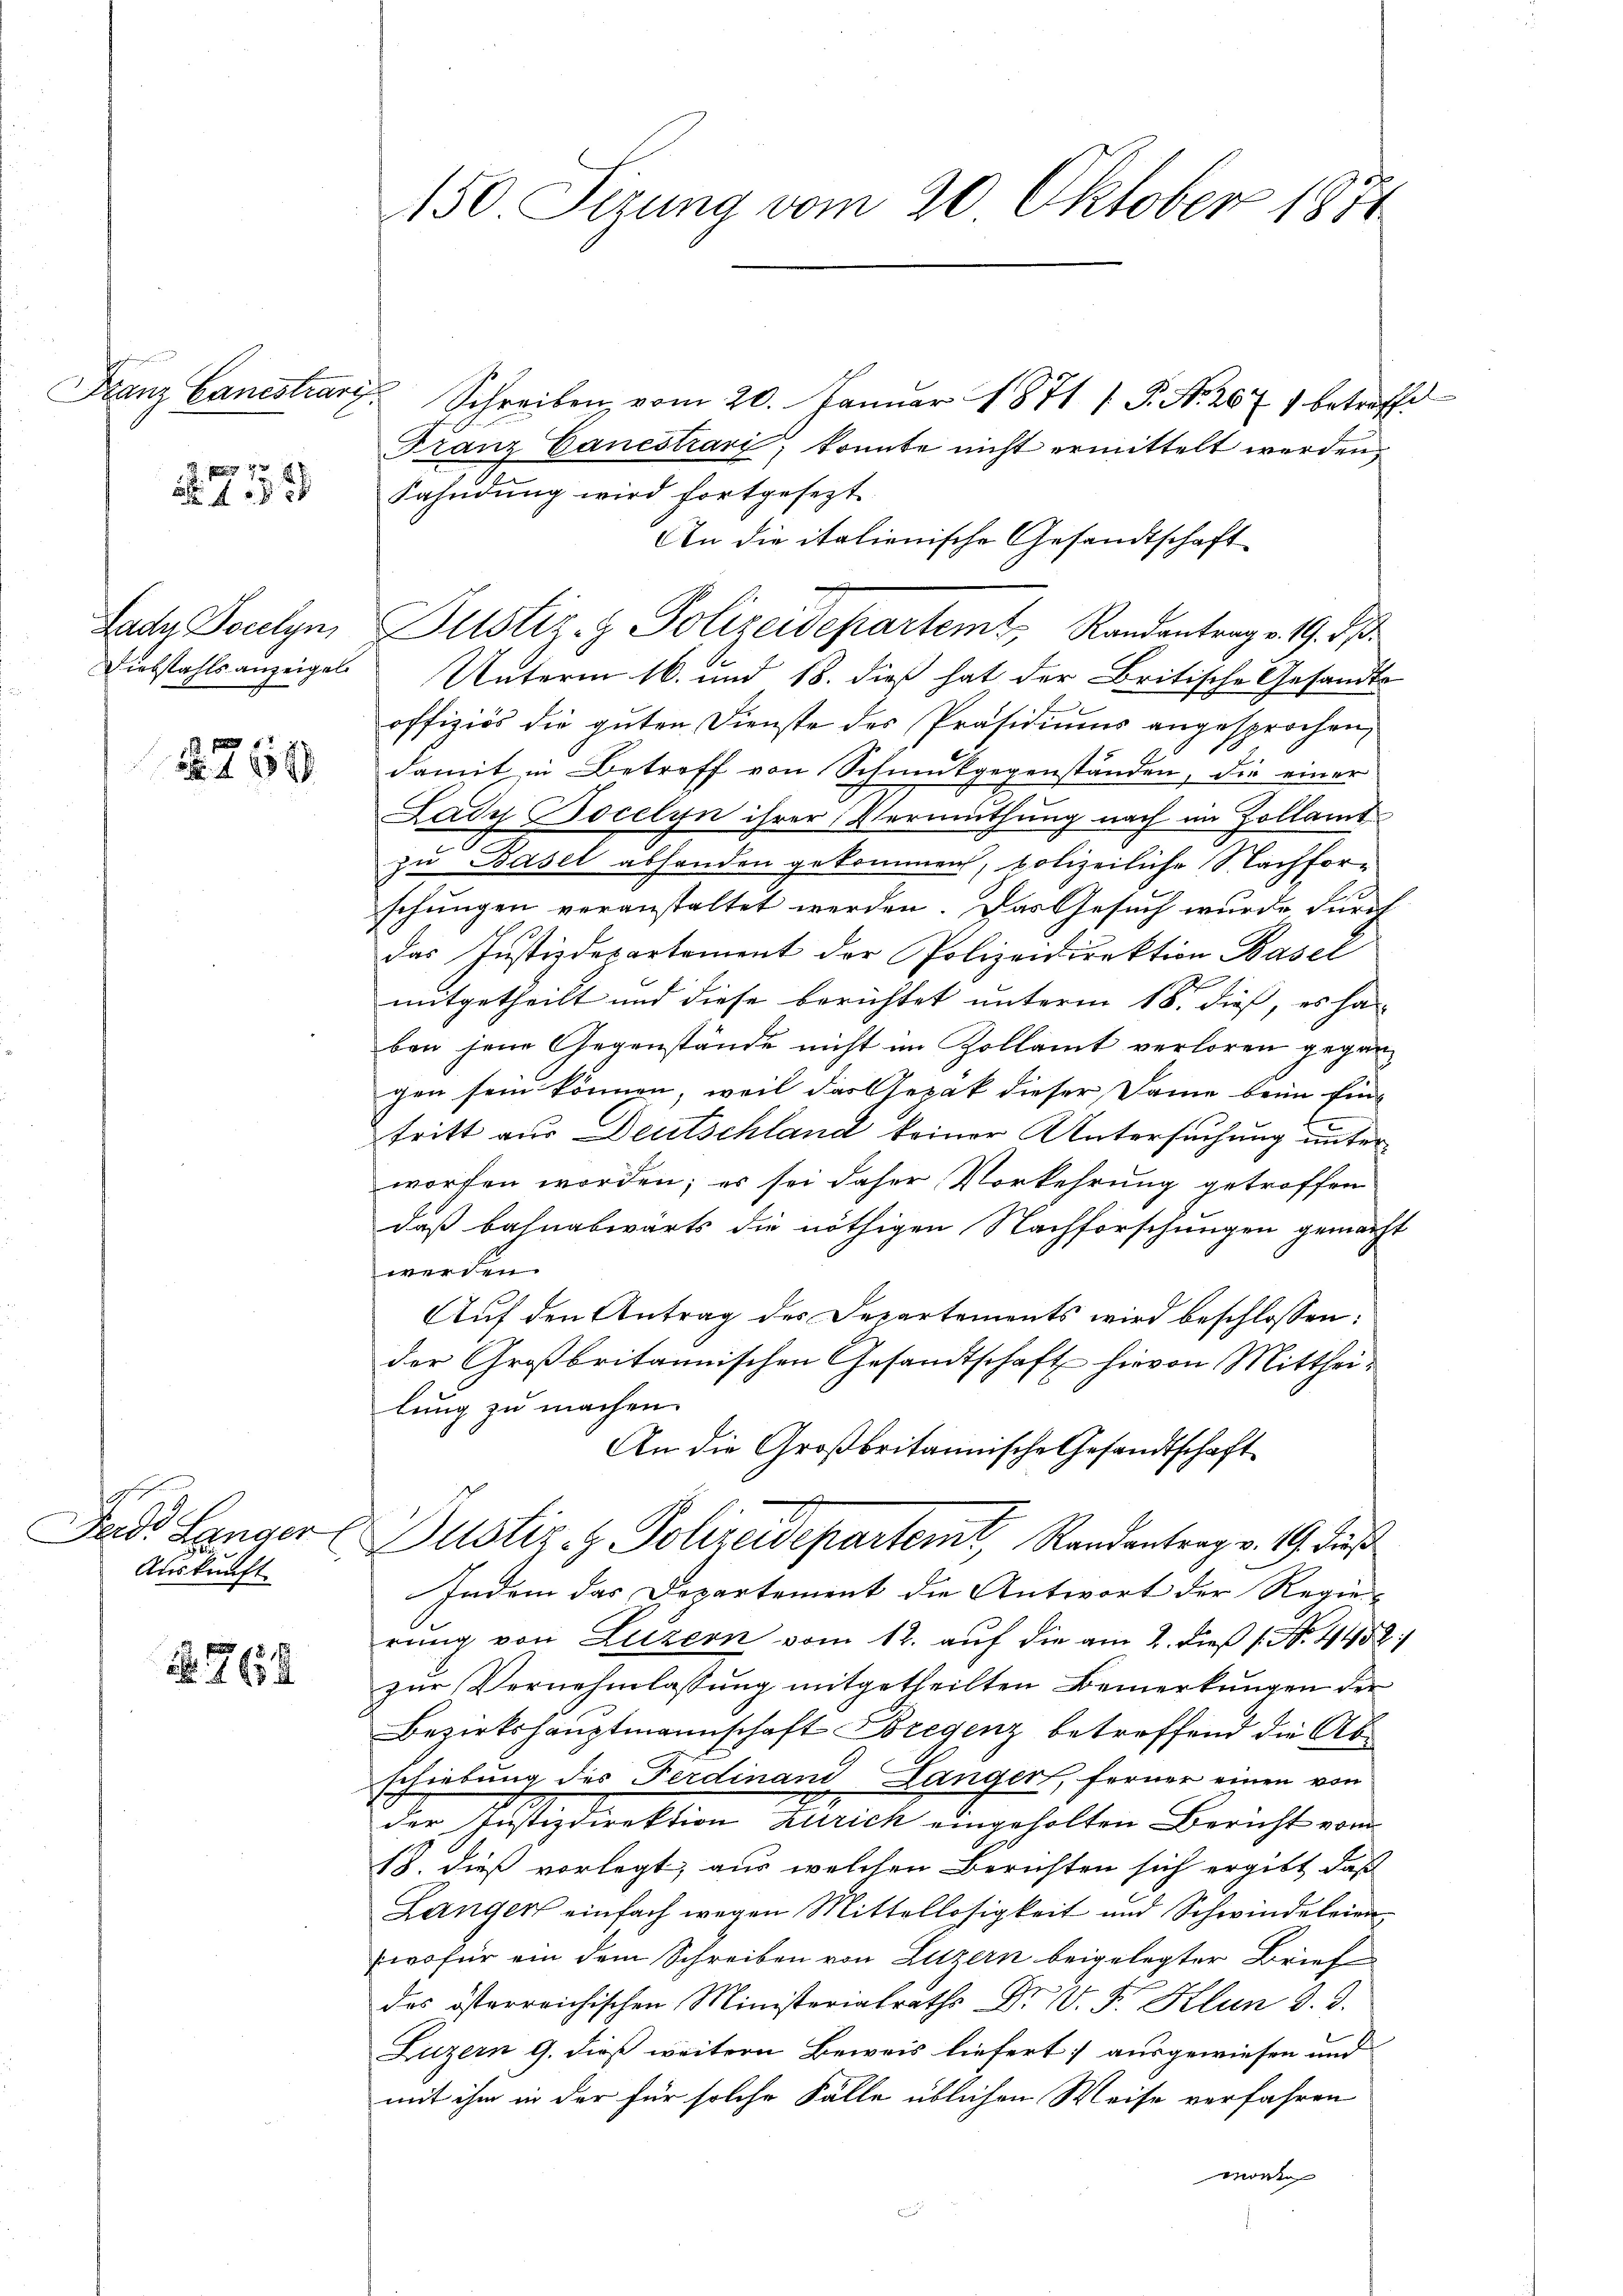
Franz Lanestrari

5 x
2x

Lady Docelyn,
Diebstahls anzeigel.

2750

4
Fende Länger
Auskunft

64

150. Sizung vom 20. Oktober 1874

Schreiben vom 20. Janŭar 1871 / P. Nr. 2671 betreffe
Franz Canestrari; konnte nicht ermittelt werden,
Fahndung wird fortgesezt.
An die italienische Gesandtschaft
Pustiz- & Polizeidepartemt, Randantrag v. 19. d.
Unterm 16. und 18. dieß hat der Britische Gesandts
offiziös die guten Dienste des Präsidiums angesprochen,
damit in Betreff von Schmutgegenständen, die einer
Lady Bocelyn ihrer Vermuthung nach im Zollamt
zu Basel abhanden gekommen, polizeiliche Sachforschungen veranstaltet werden. Das Gesuch wurde durch
das Justizdepartement der Polizeidirektion Basel
mitgetheilt und diese berichtet unterm 18. dieß, es ha
ben jene Gegenstände nicht im Zollamt verloren gegangen sein können, weil das Gezak dieser Dame beim Eintritt aus Deutschland keiner Untersuchung unter
worfen worden; es sei daher Vorkehrung getroffen
daß Bahnabwärts die nöthigen Nachforschungen gemacht
werden.
Auf den Antrag des Departements wird beschlossen:
der Großbritannischen Gesandtschaft hievon Mitthei-
lung zu machen.
An die Großbritannische Gesandtschaft
Dustiz-Z. Polizeidepartemt, Randantrag v. 19. dieß
Indem das Departement die Antwort der Regierung von Luzern vom 12. auf die am 2. dieß s. No. 4458)
zur Vernehmlassung mitgetheilten Bemerkungen der
Bezirkshauptmannschaft Bregenz betroffend die Abschiebung des Ferdinand Langer, ferner einen von
der Justizdirektion zurich eingeholten Bericht vom
18. dieß vorlegt, aus welchen Berichten sich ergibt, daß
Langen einfach wegen Mittellosigkeit und Schwindeleien
wofür ein dem Schreiben von Luzern beigelegter Brief
das österreichischen Ministerialraths Dr. W. F. Klun 3. d.
Luzern 9. dieß weitern Beweis liefert; ausgewiesen und
mit ihm in der für solche Fälle üblichen Weise verfahren
mont